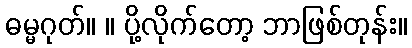
ဓမ္မဂုတ်။ ။ ပို့လိုက်တော့ ဘာဖြစ်တုန်း။